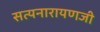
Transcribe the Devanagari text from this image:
सत्यनारायणजी